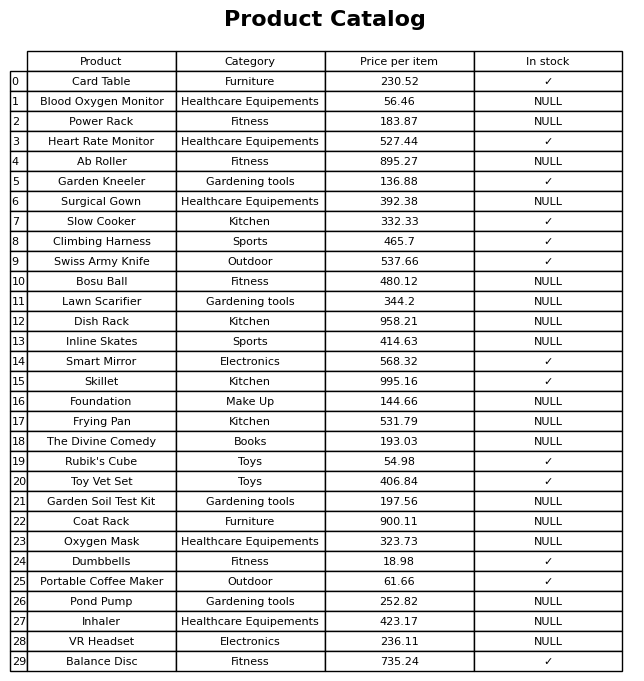
question: What is the price of the Ab Roller?
answer: The price of Ab Roller is 895.27.